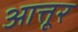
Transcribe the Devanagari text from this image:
आत्तूर